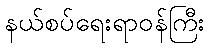
နယ်စပ်ရေးရာဝန်ကြီး